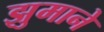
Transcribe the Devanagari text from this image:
झुमाने